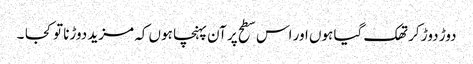
دوڑ دوڑ کر تھک گیا ہوں اور اس سطح پر آن پہنچا ہوں کہ مزید دوڑنا تو کجا ۔